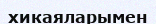
хикаяларымен